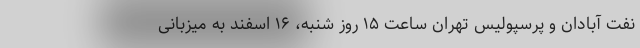
نفت آبادان و پرسپولیس تهران ساعت ۱۵ روز شنبه، ۱۶ اسفند به میزبانی